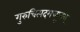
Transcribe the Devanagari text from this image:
गुरुचित्पदमच्युतम्